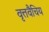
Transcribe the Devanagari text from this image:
वृत्तवैचिय